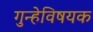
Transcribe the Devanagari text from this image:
गुन्हेविषयक